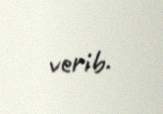
verib.